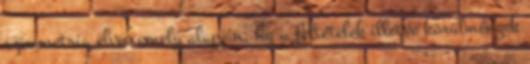
szimmetria elve, amely alapján, ha a feltételek illetve körülmények